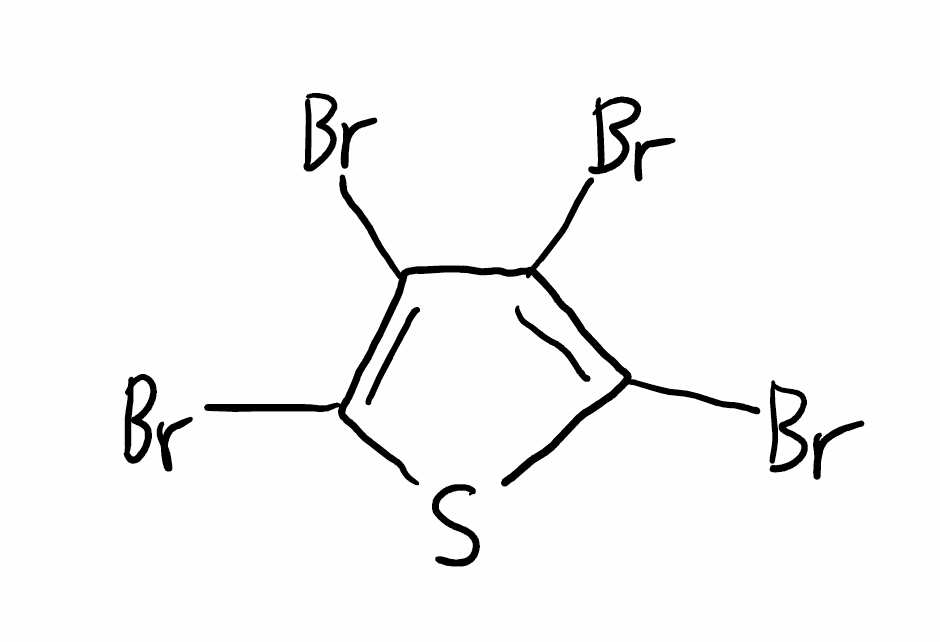
Simplified molecular-input line-entry system (SMILES) notation of the given molecule:
C1(=C(SC(=C1Br)Br)Br)Br